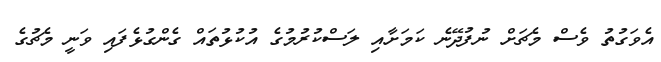
އެވަގުތު ވެސް މެޗަށް ނުފުދޭނެ ކަމަށާއި ލަސްކުރުމުގެ އުކުޅުތައް ގެންގުޅެފައި ވަނީ މެޗުގެ